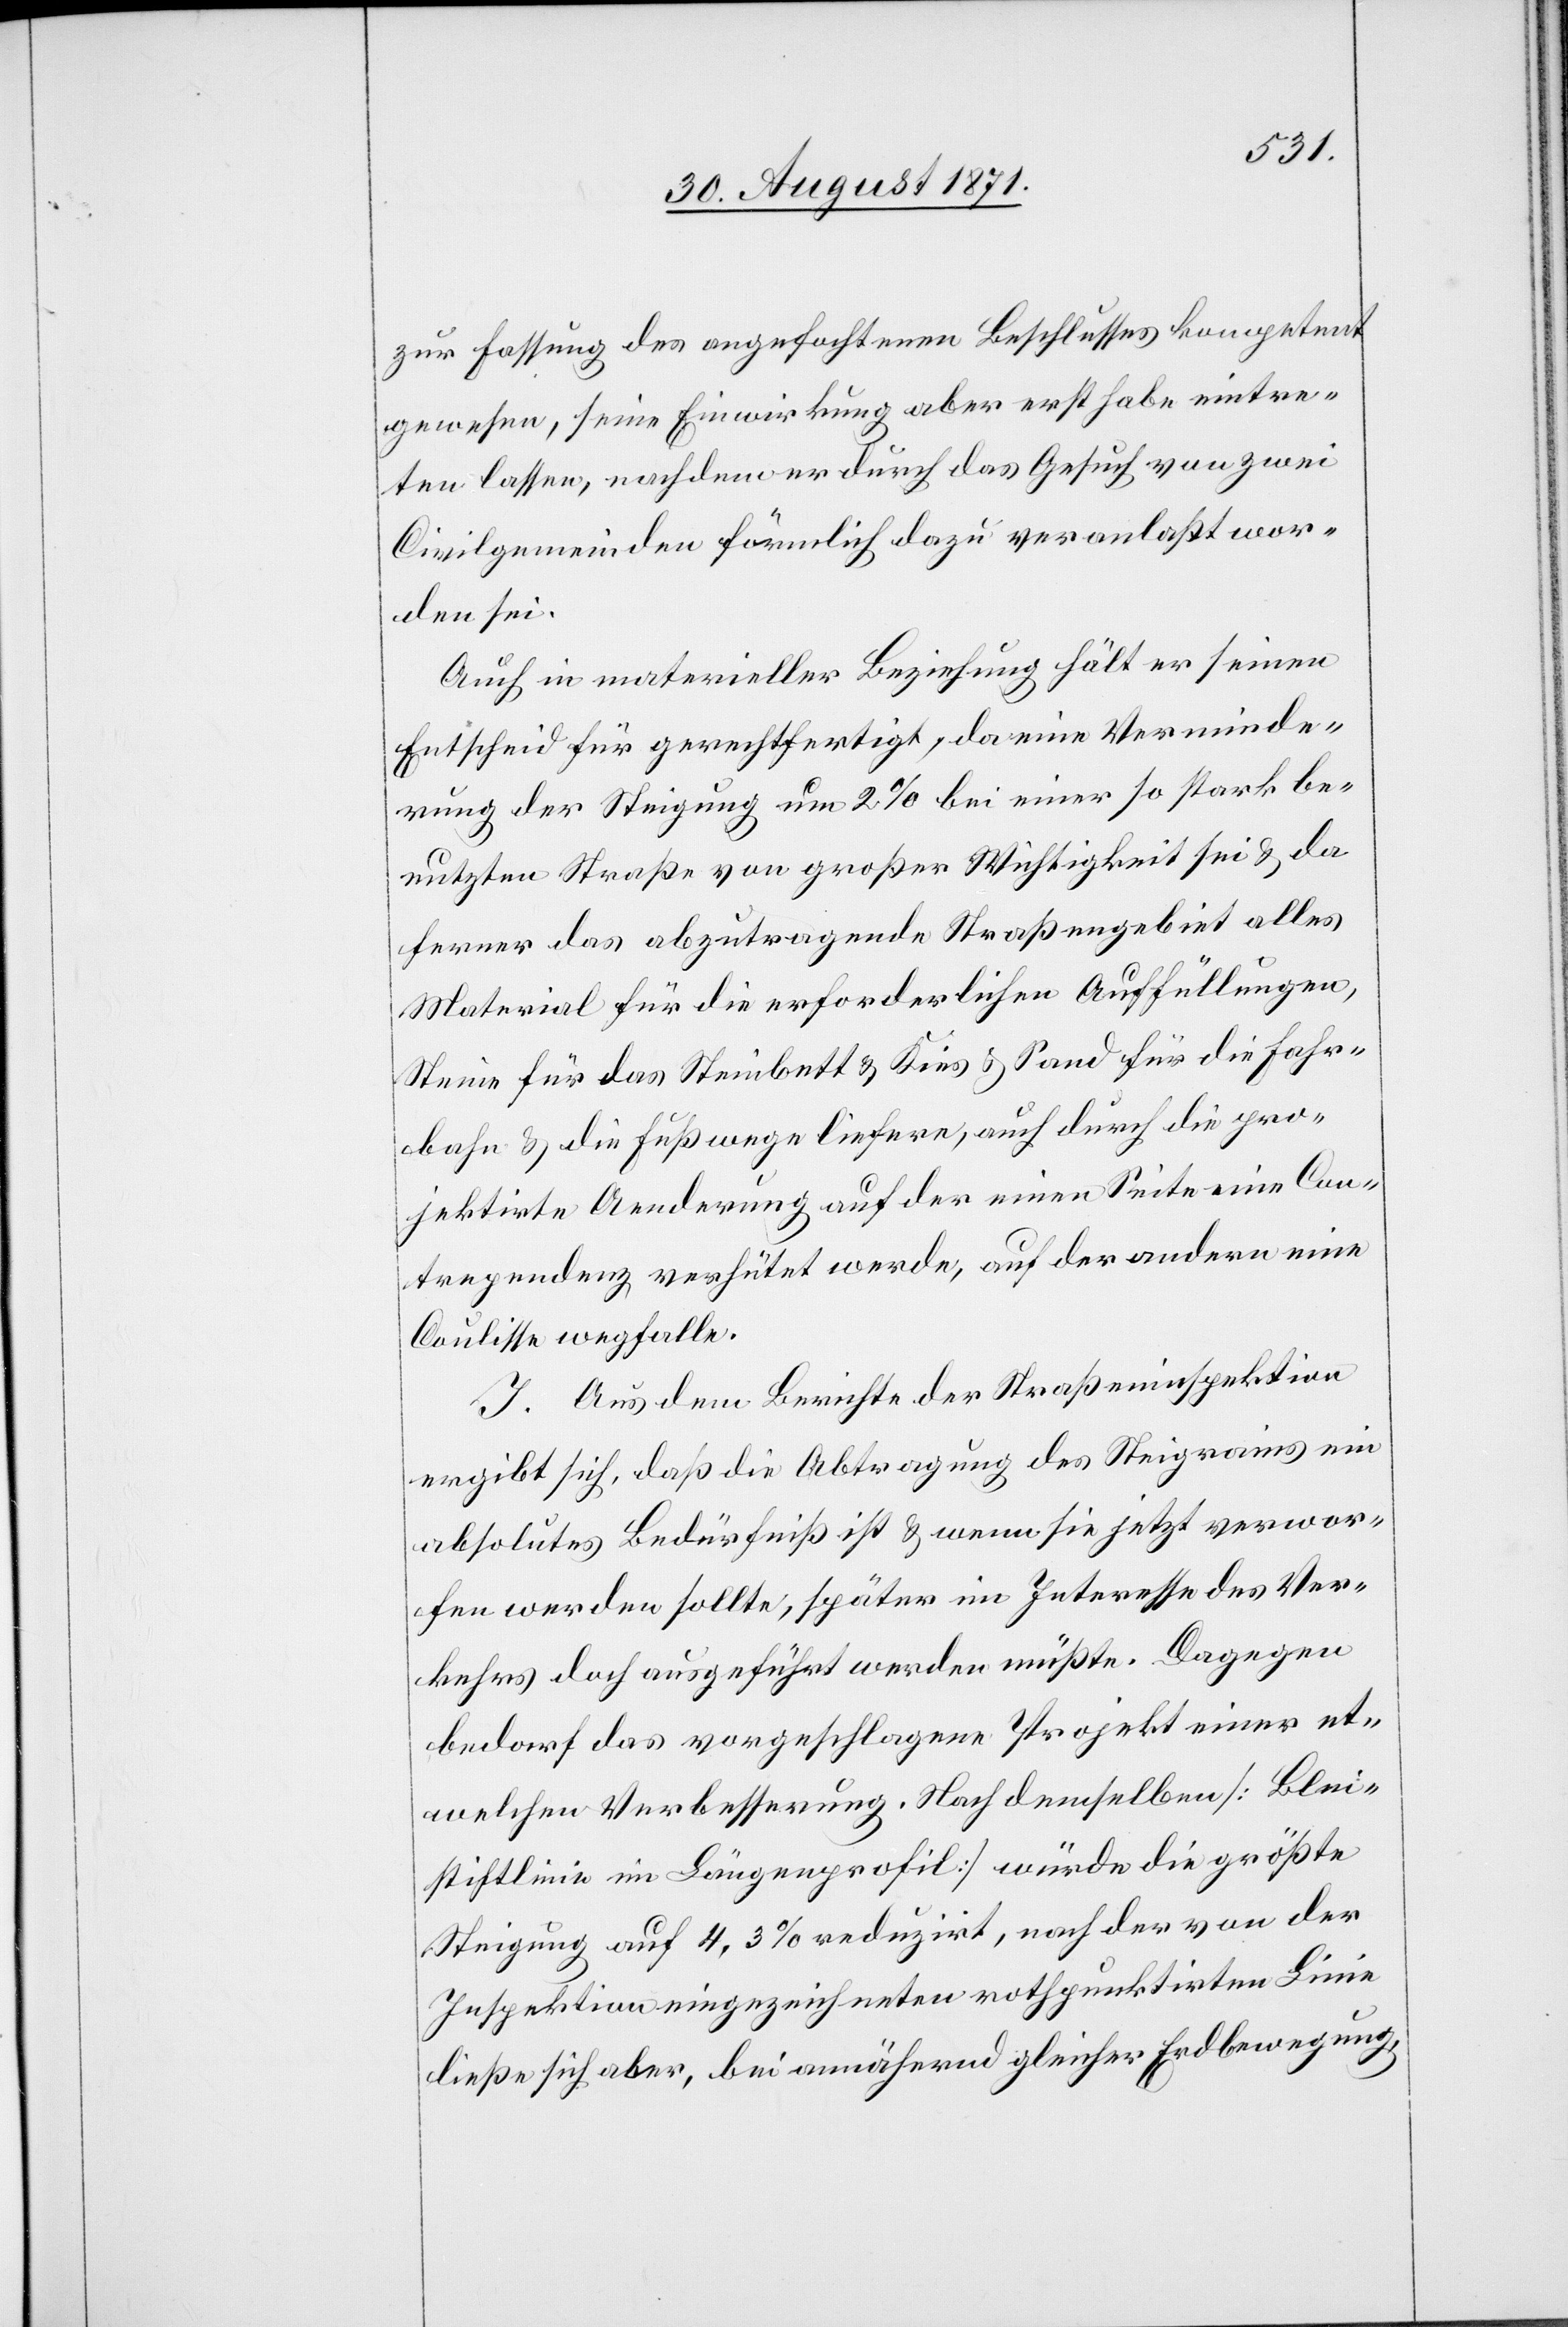
zur Fassung des angefochtenen Beschlusses kompetent
gewesen, seine Einwirkung aber erst habe eintre¬
ten lassen, nachdem er durch das Gesuch von zwei
Civilgemeinden förmlich dazu veranlaßt wor¬
den sei.
Auch in materieller Beziehung hält er seinen
Entscheid für gerechtfertigt, da eine Verminde¬
rung der Steigung um 2% bei einer so stark be¬
nutzten Straße von großer Wichtigkeit sei & da
ferner das abzutragende Straßengebiet alles
Material für die erforderlichen Auffüllungen,
Steine für das Steinbett & Kies & Sand für die Fahr¬
bahn & die Fußwege liefern, auch durch die pro¬
jektirte Aenderung auf der einen Seite eine Con¬
trependenz verhütet werde, auf der andern eine
Coulisse wegfalle.
J. Aus dem Berichte der Straßeninspektion
ergibt sich, daß die Abtragung des Steigrains ein
absolutes Bedürfniß ist & wenn sie jetzt verwor¬
fen werden sollte, später im Interesse des Ver¬
kehrs doch ausgeführt werden müßte. Dagegen
bedarf das vorgeschlagene Projekt einer et¬
welchen Verbesserung. Nach demselben [Blei¬
stiftlinie im Längenprofil] würde die größte
Steigung auf 4,3% reduzirt, nach der von der
Inspektion eingezeichneten roth punktirten Linie
ließe sich aber, bei annähernd gleicher Erdbewegung,